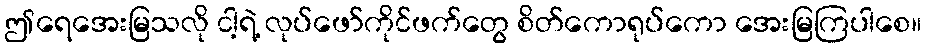
ဤရေအေးမြသလို ငါ့ရဲ့ လုပ်ဖော်ကိုင်ဖက်တွေ စိတ်ကောရုပ်ကော အေးမြကြပါစေ။